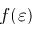
f ( \varepsilon )